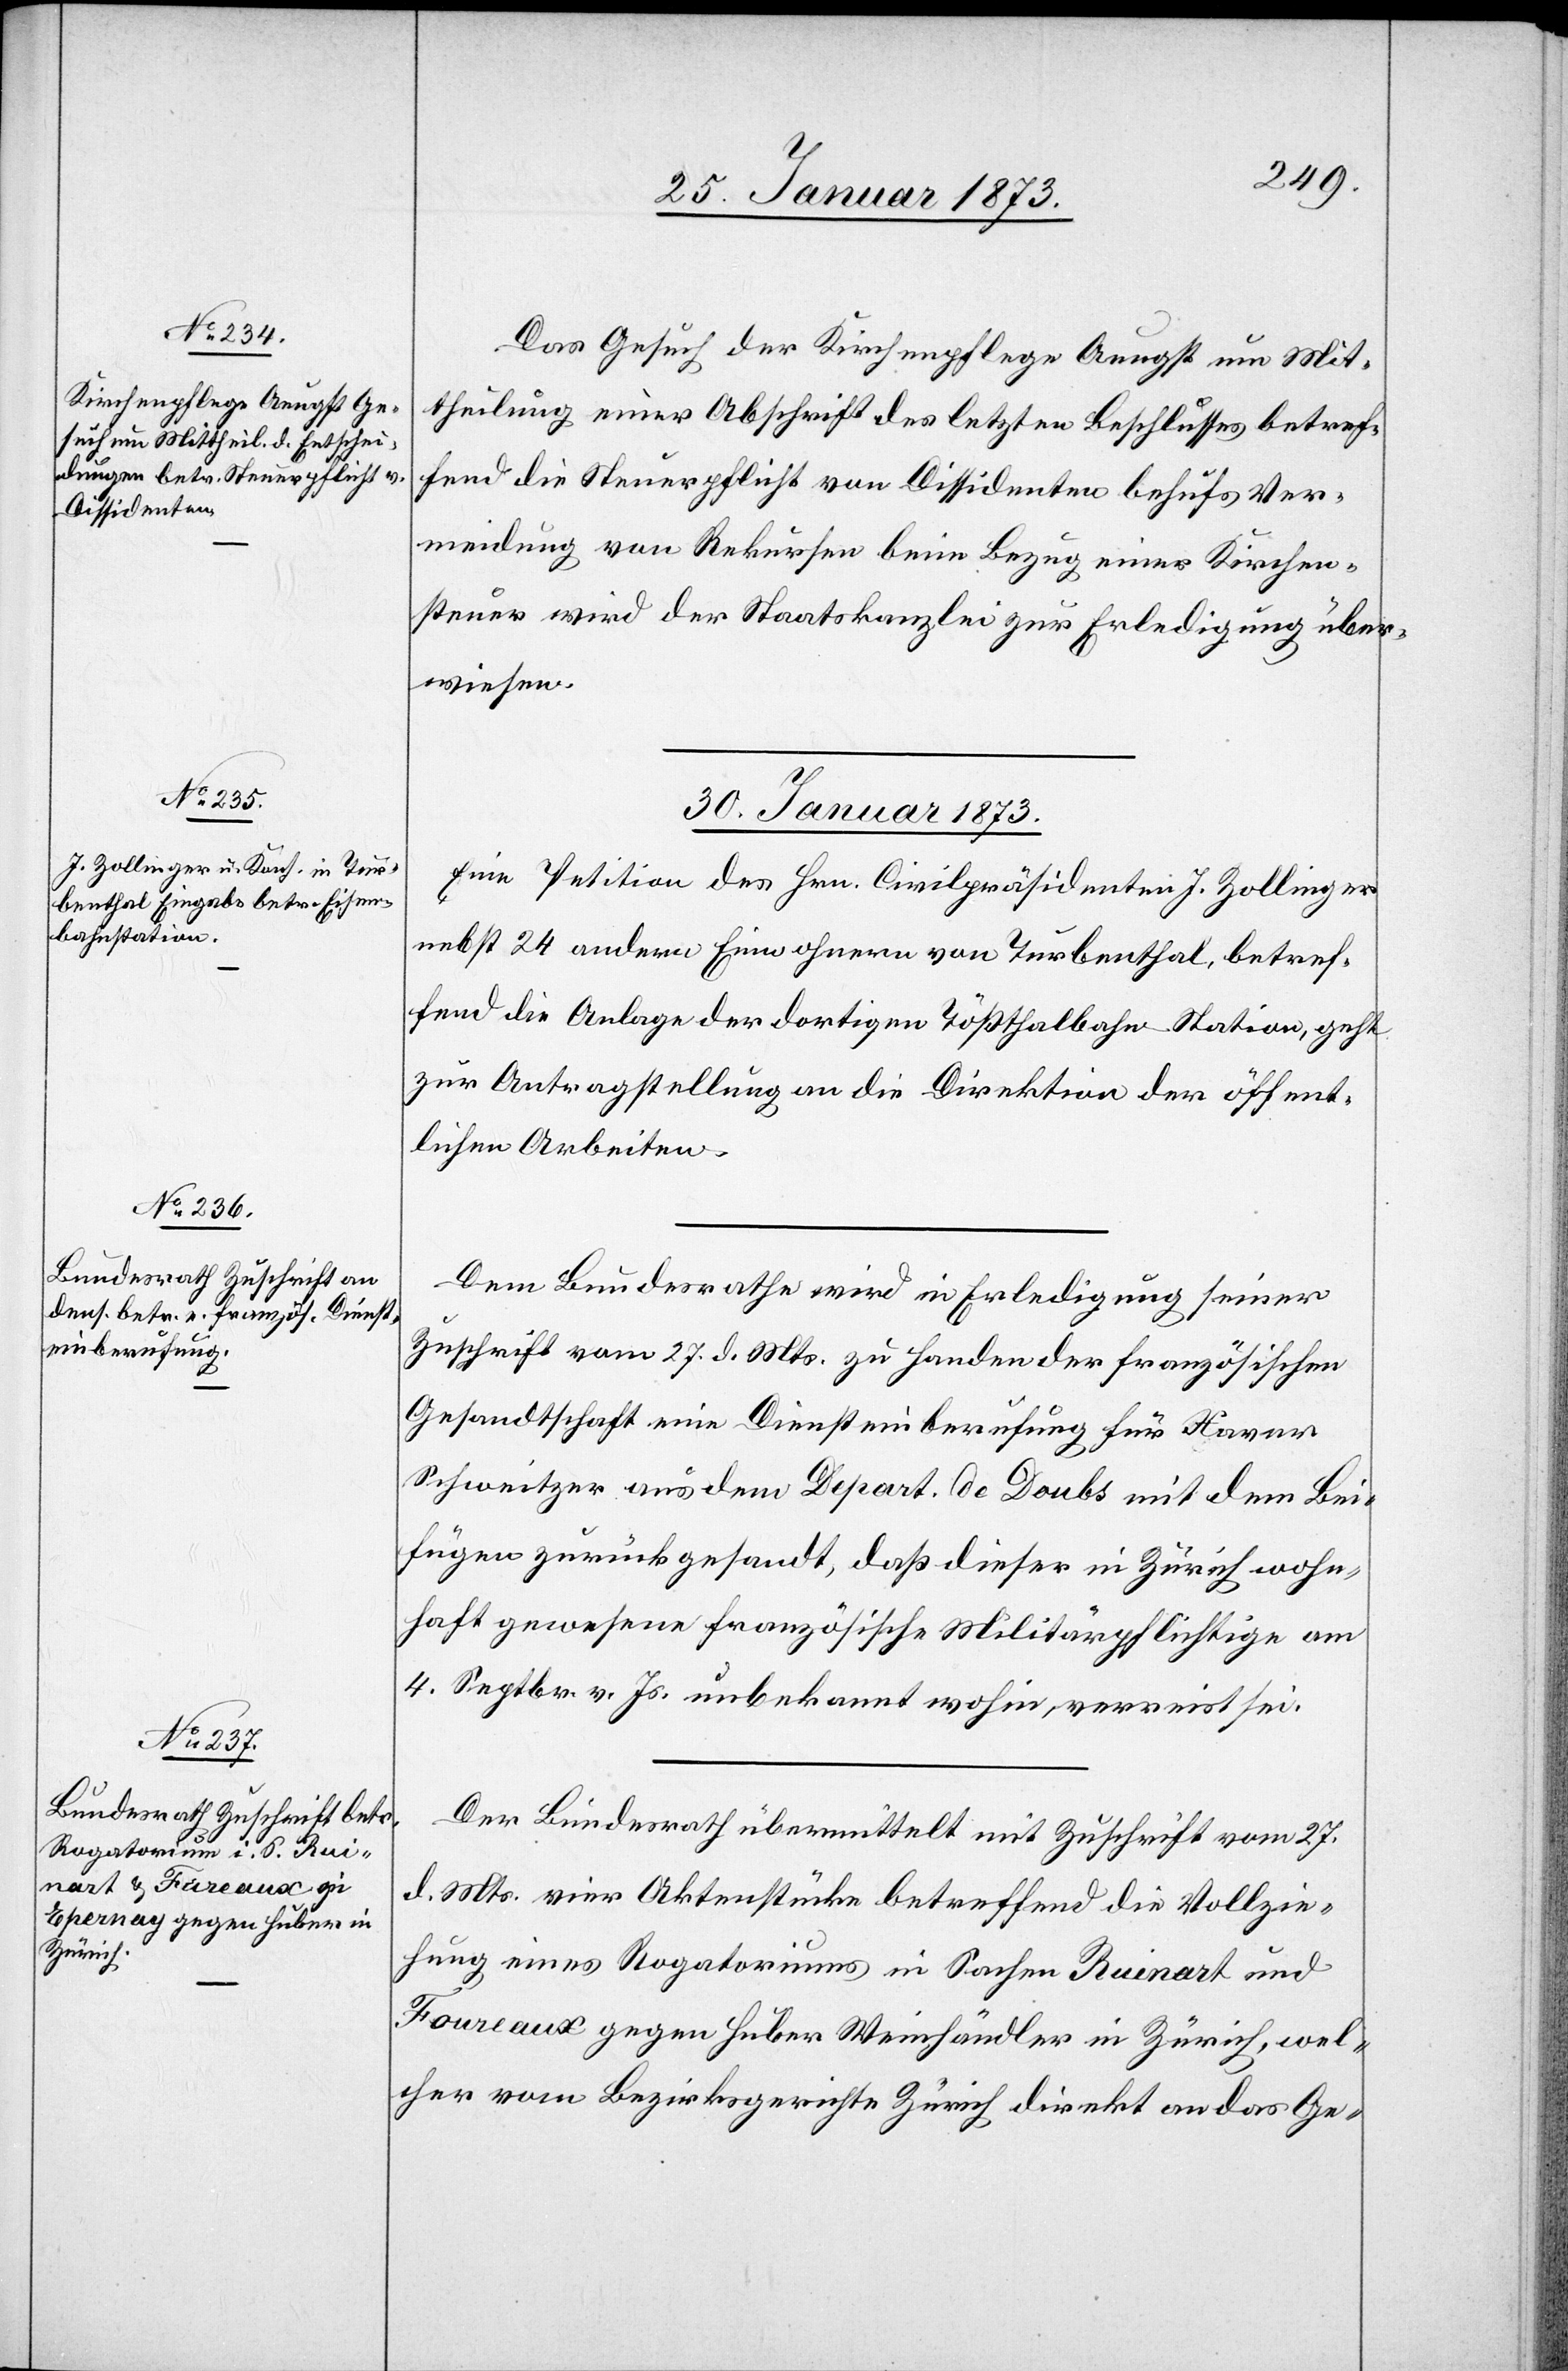
29. Januar 1873.]
Das Gesuch der Kirchenpflege Aeugst um Mit¬
theilung einer Abschrift des letzten Beschlusses betref¬
fend die Steuerpflicht von Dissidenten behufs Ver¬
meidung von Rekursen beim Bezug einer Kirchen¬
steuer wird der Staatskanzlei zur Erledigung über¬
wiesen.
30. Januar 1873.]
Eine Petition des Hrn. Civilpräsidenten J. Zollinger
nebst 24 andern Einwohnern von Turbenthal, betref¬
fend die Anlage der dortigen Tößthalbahn-Station, geht
zur Antragstellung an die Direktion der öffent¬
lichen Arbeiten.
Dem Bundesrathe wird in Erledigung seiner
Zuschrift vom 27. d. Mts. zu Handen der französischen
Gesandtschaft eine Diensteinberufung für Hover
Schweitzer aus dem Depart. de Doubs mit dem Bei¬
fügen zurück gesandt, daß dieser in Zürich wohn¬
haft gewesene französische Militärpflichtige am
4. Septbr. v. Js. unbekannt wohin, verreist sei.
Der Bundesrath übermittelt mit Zuschrift vom 27.
d. Mts. vier Aktenstücke betreffend die Vollzie¬
hung eines Rogatoriums in Sachen Ruinart und
Foureaux gegen Huber Weinhändler in Zürich, wel¬
cher vom Bezirksgerichte Zürich direkt an das Ge-